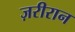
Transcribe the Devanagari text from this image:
ज़रीरान